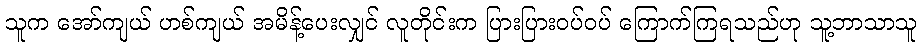
သူက အော်ကျယ် ဟစ်ကျယ် အမိန့်ပေးလျှင် လူတိုင်းက ပြားပြားဝပ်ဝပ် ကြောက်ကြရသည်ဟု သူ့ဘာသာသူ